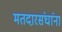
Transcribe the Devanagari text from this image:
मतदारसंघांना